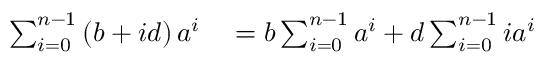
\begin{array} { r l } { \sum _ { i = 0 } ^ { n - 1 } \left( b + i d \right) a ^ { i } } & { { } = b \sum _ { i = 0 } ^ { n - 1 } a ^ { i } + d \sum _ { i = 0 } ^ { n - 1 } i a ^ { i } } \end{array}